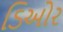
ડિઓર